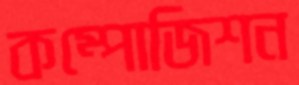
কম্পোজিশন